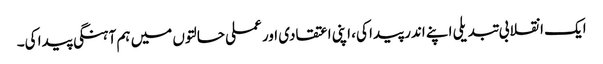
ایک انقلابی تبدیلی اپنے اندر پیدا کی، اپنی اعتقادی اور عملی حالتوں میں ہم آہنگی پیدا کی۔